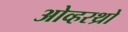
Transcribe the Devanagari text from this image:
ओव्हरथ्रो